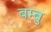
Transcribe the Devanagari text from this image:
बम्बु